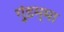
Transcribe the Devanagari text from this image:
गुंडम्मा